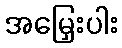
အမြှေးပါး